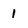
Character: 1